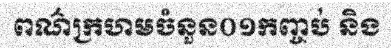
ពណ៌ក្រហមចំនួន០១កញ្ចប់ និង